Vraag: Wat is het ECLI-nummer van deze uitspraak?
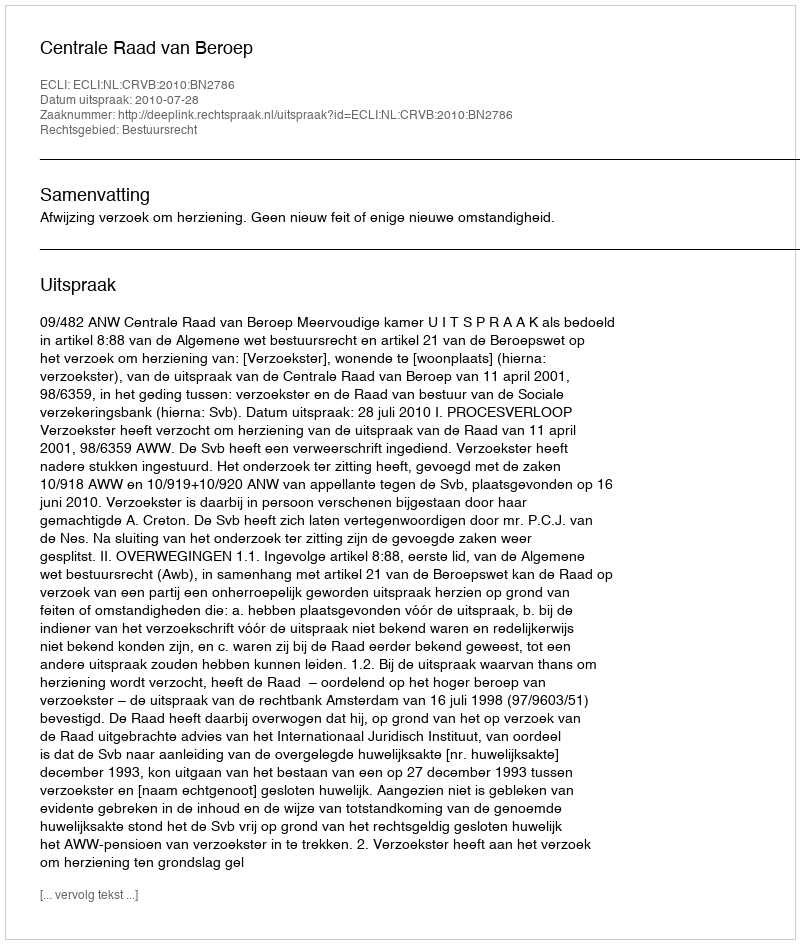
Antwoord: ECLI:NL:CRVB:2010:BN2786